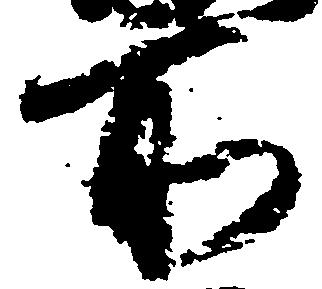
所